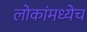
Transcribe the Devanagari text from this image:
लोकांमध्येच